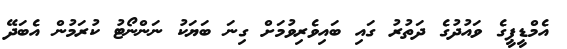
އެމްޑީޕީގެ ވައުދުގެ ދަތުރު ގައި ބައިވެރިވުމަށް ގިނަ ބަޔަކު ނަންނޯޓު ކުރަމުން އެބަދޭ